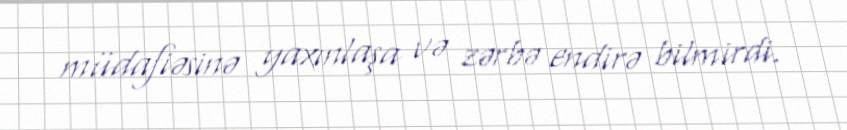
müdafiəsinə yaxınlaşa və zərbə endirə bilmirdi.